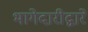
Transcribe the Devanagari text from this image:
भागेदारीद्वारे